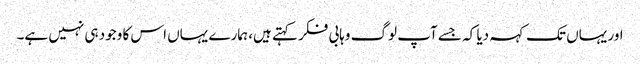
اور یہاں تک کہہ دیا کہ جسے آپ لوگ وہابی فکر کہتے ہیں، ہمارے یہاں اس کا وجود ہی نہیں ہے۔